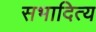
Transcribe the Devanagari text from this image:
सभादित्य